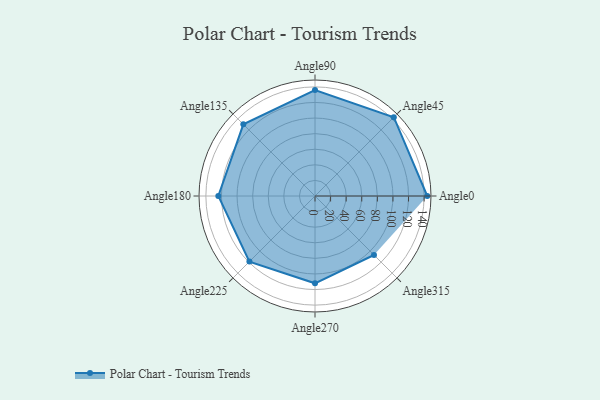
{"axis": {"x": "Angle", "y": "Radius"}, "legend": [""], "data": [{"x": "Angle0", "y": 144.0, "type": ""}, {"x": "Angle45", "y": 143.0, "type": ""}, {"x": "Angle90", "y": 136.0, "type": ""}, {"x": "Angle135", "y": 130.0, "type": ""}, {"x": "Angle180", "y": 124.0, "type": ""}, {"x": "Angle225", "y": 119.0, "type": ""}, {"x": "Angle270", "y": 112.0, "type": ""}, {"x": "Angle315", "y": 107.0, "type": ""}]}